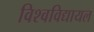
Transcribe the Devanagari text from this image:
विश्‍वविद्यायल